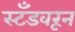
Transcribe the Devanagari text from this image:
स्टँडवरून